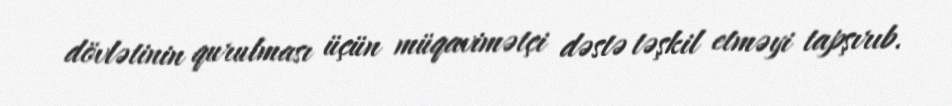
dövlətinin qurulması üçün müqavimətçi dəstə təşkil etməyi tapşırıb.